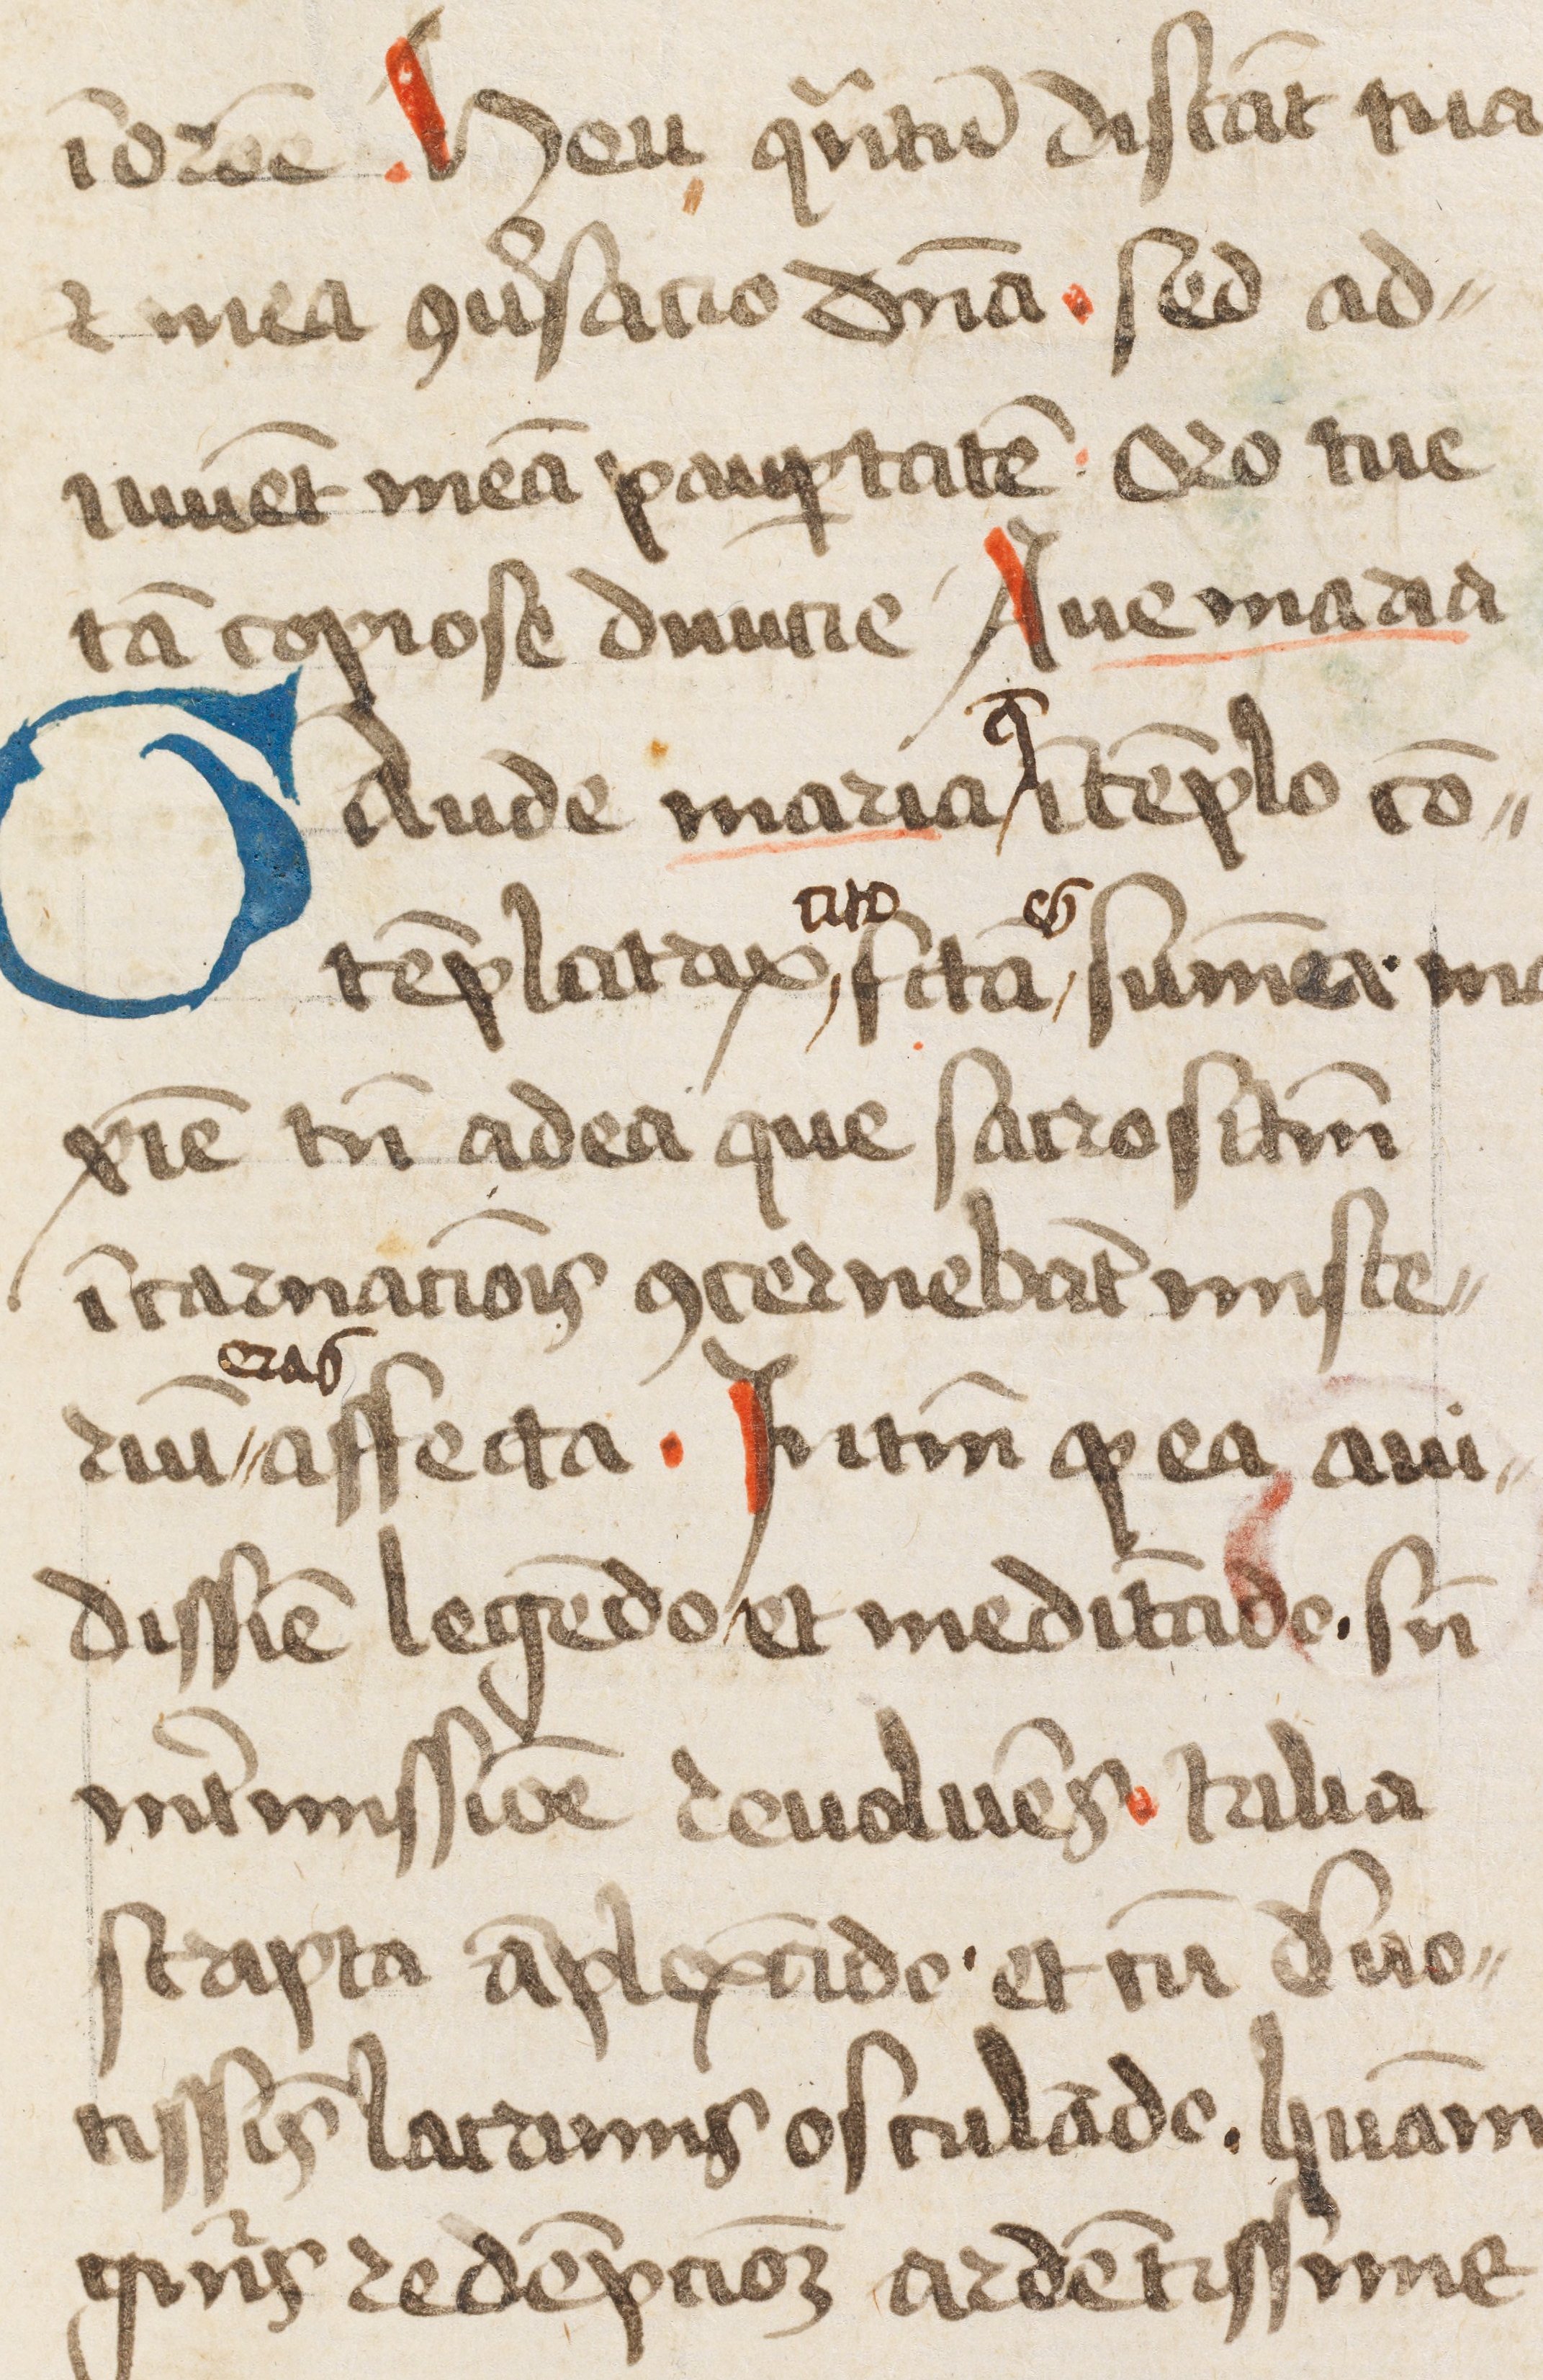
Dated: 1445–1499